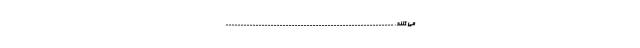
می کنند. --------------------------------------------------------